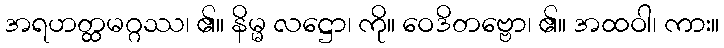
အရဟတ္ထမဂ္ဂဿ၊ ၏။ နိမ္မ လဋ္ဌော၊ ကို။ ဝေဒိတဗ္ဗော၊ ၏။ အထဝါ၊ ကား။